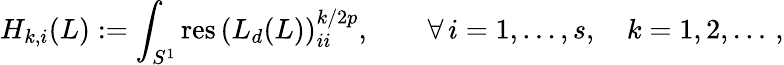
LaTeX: H_{k,i}(L):=\int_{S^{1}}\mathrm{res\, }\left(L_{d}(L)\right)_{ii}^{k/{2p}},\qquad\forall\, i=1,\ldots,s,\quad k=1,2,\dots\, ,